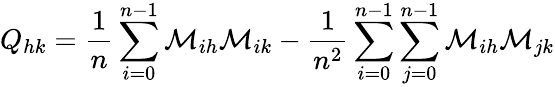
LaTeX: Q_{hk}=\frac{1}{n}\sum_{i=0}^{n-1}\mathcal{M}_{ih}\mathcal{M}_{ik}-\frac{1}{n^{2}}\sum_{i=0}^{n-1}\sum_{j=0}^{n-1}\mathcal{M}_{ih}\mathcal{M}_{jk}